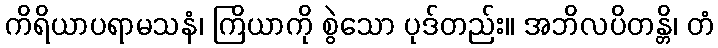
ကိရိယာပရာမသနံ၊ ကြိယာကို စွဲသော ပုဒ်တည်း။ အဘိလပိတန္တိ၊ တံ